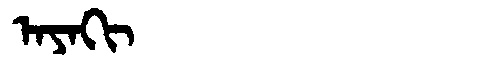
Manchu: ᠠᠶᠠᡴᡳ
Romanization: AYAKI